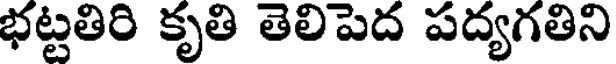
భట్టతిరి కృతి తెలిపెద పద్యగతిని